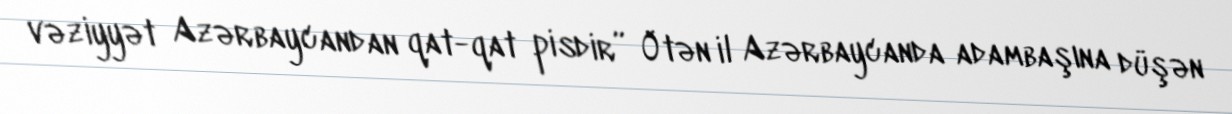
vəziyyət Azərbaycandan qat-qat pisdir” Ötən il Azərbaycanda adambaşına düşən